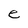
Character: e